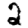
Digit: 2